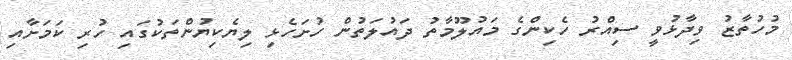
މުހުތާޒު ވިދާޅުވީ ސިއްރު ހެކިންގެ މައުލޫމާތު ދައުލަތުން ހުށަހެޅި ލިޔެކިޔުންތަކުގައި ހުރި ކަމަށާއި